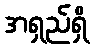
အရှည်ရှိ